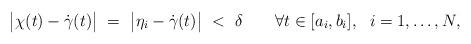
LaTeX: \begin{align*}\bigl|\chi(t)-\dot\gamma(t)\bigr|~=~\bigl|\eta_i-\dot\gamma(t)\bigr|~<~\delta\qquad\forall t\in [a_i, b_i],~~i=1,\ldots,N,\end{align*}